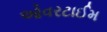
ઓવરટાઈમ